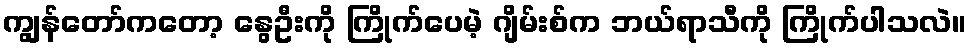
ကျွန်တော်ကတော့ နွေဦးကို ကြိုက်ပေမဲ့ ဂျိမ်းစ်က ဘယ်ရာသီကို ကြိုက်ပါသလဲ။